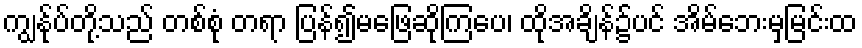
ကျွန်ုပ်တို့သည် တစ်စုံ တရာ ပြန်၍မဖြေဆိုကြပေ၊ ထိုအချိန်၌ပင် အိမ်ဘေးမှမြင်းထ